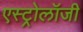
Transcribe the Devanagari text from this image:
एस्‍ट्रोलॉजी